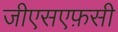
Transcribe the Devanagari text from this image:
जीएसएफ़सी